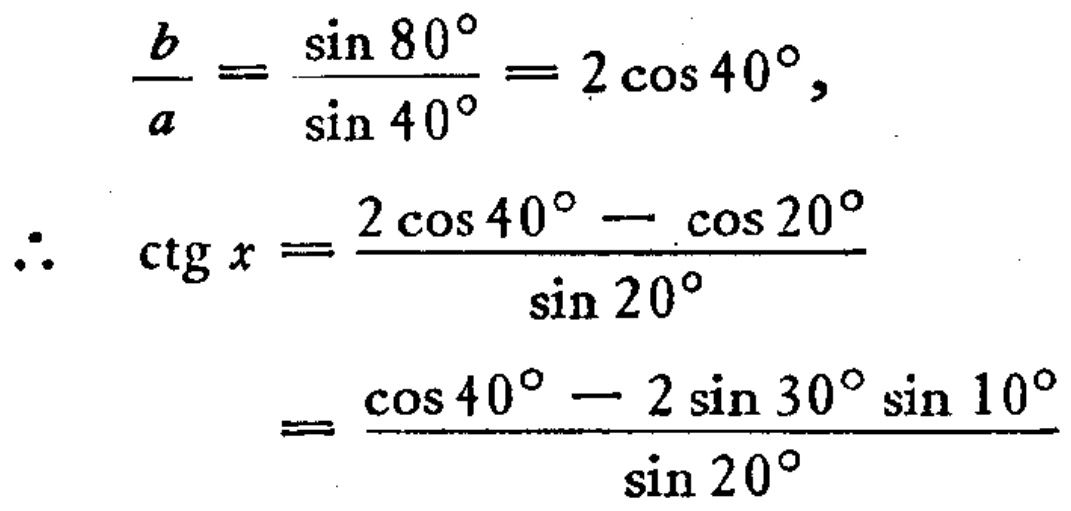
\[
\begin{align*}
\frac{b}{a}&=\frac{\sin 80^{\circ}}{\sin 40^{\circ}} = 2\cos 40^{\circ},\\
\therefore\ \mathrm{ctg}\,x&=\frac{2\cos 40^{\circ}-\cos 20^{\circ}}{\sin 20^{\circ}}\\
&=\frac{\cos 40^{\circ}-2\sin 30^{\circ}\sin 10^{\circ}}{\sin 20^{\circ}}
\end{align*}
\]